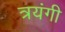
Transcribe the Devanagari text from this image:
त्रयंगी